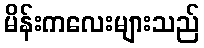
မိန်းကလေးများသည်